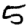
Digit: 5